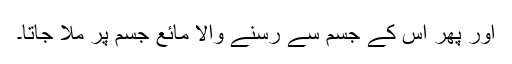
اور پھر اس کے جسم سے رسنے والا مائع جسم پر ملا جاتا۔